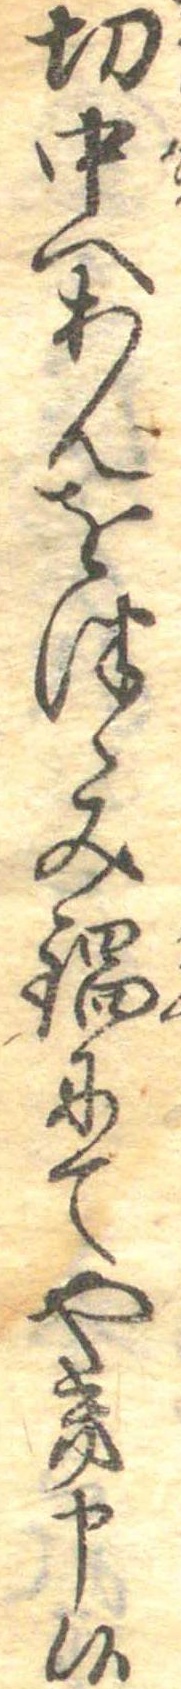
切中へあんをつゝみ鍋にてやき申候